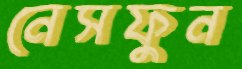
নেসফুন